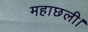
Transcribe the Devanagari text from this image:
महाछली।